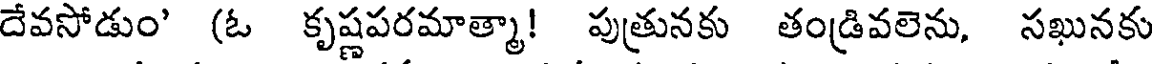
దేవసోడుం' (ఓ కృష్ణపరమాత్మా! పుత్రునకు తండ్రివలెను, సఖునకు